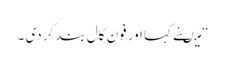
“ میںنے کہا اور فون کال بند کر دی ۔